Etiology and epidemiology of plague
Disease focus: Plague
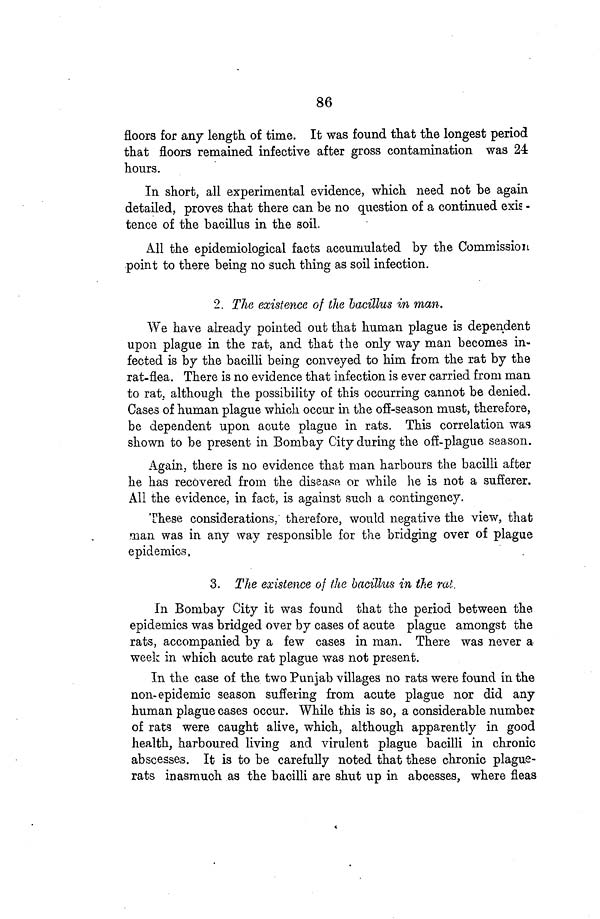
86
floors for any length of time. It was found that the longest period
that floors remained infective after gross contamination was 24
hours.
In short, all experimental evidence, which need not be again
detailed, proves that there can be no question of a continued exis -
tence of the bacillus in the soil.
All the epidemiological facts accumulated by the Commission
point to there being no such thing as soil infection.
2. The existence of the bacillus in man.
We have already pointed out that human plague is dependent
upon plague in the rat, and that the only way man becomes in-
fected is by the bacilli being conveyed to him from the rat by the
rat-flea. There is no evidence that infection is ever carried from man
to rat, although the possibility of this occurring cannot be denied.
Cases of human plague which occur in the off-season must, therefore,
be dependent upon acute plague in rats. This correlation was
shown to be present in Bombay City during the off-plague season.
Again, there is no evidence that man harbours the bacilli after
he has recovered from the disease or while he is not a sufferer.
All the evidence, in fact, is against such a contingency.
These considerations, therefore, would negative the view, that
man was in any way responsible for the bridging over of plague
epidemics.
3. The existence of the bacillus in the rat.
In Bombay City it was found that the period between the
epidemics was bridged over by cases of acute plague amongst the
rats, accompanied by a few cases in man. There was never a
week in which acute rat plague was not present.
In the case of the two Punjab villages no rats were found in the
non-epidemic season suffering from acute plague nor did any
human plague cases occur. While this is so, a considerable number
of rats were caught alive, which, although apparently in good
health, harboured living and virulent plague bacilli in chronic
abscesses. It is to be carefully noted that these chronic plague-
rats inasmuch as the bacilli are shut up in abcesses, where fleas